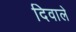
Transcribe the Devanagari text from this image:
दिवाले